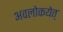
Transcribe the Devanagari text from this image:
अवलोकयेत्